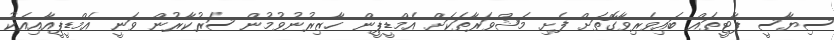
ސިޔާސީ ޕާޓީތައް ބައިވެރިވާގޮތަށް ފެށި މަޝްވަރާތަކަށް އެމްޑީޕީން ހާޒިރުނުވުމުން ސަރުކާރުން ވަނީ އެމްޑީޕީއާއިއެކު